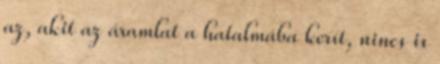
az, akit az áramlat a hatalmába kerít, nincs is